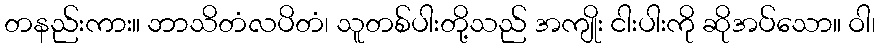
တနည်းကား။ ဘာသိတံလပိတံ၊ သူတစ်ပါးတို့သည် အကျိုး ငါးပါးကို ဆိုအပ်သော။ ဝါ၊